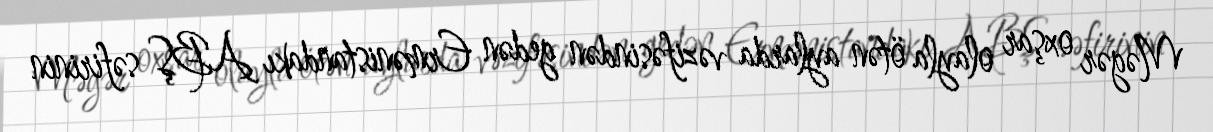
Məgər oxşar olayla ötən aylarda vəzifəsindən gedən Ermənistandakı ABŞ səfirinin